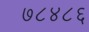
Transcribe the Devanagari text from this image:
७८४८६